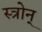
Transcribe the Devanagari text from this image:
स्त्रोन्